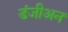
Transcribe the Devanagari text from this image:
डंजीअन